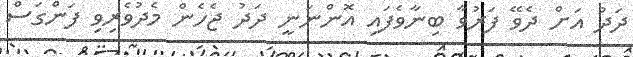
ދަދު އަށް ދެވޭ ފަރުވާ ބިނާވެފައި އޮންނަނީ ދަދު ޖެހެން މެދުވެރިވި ފަންގަސް